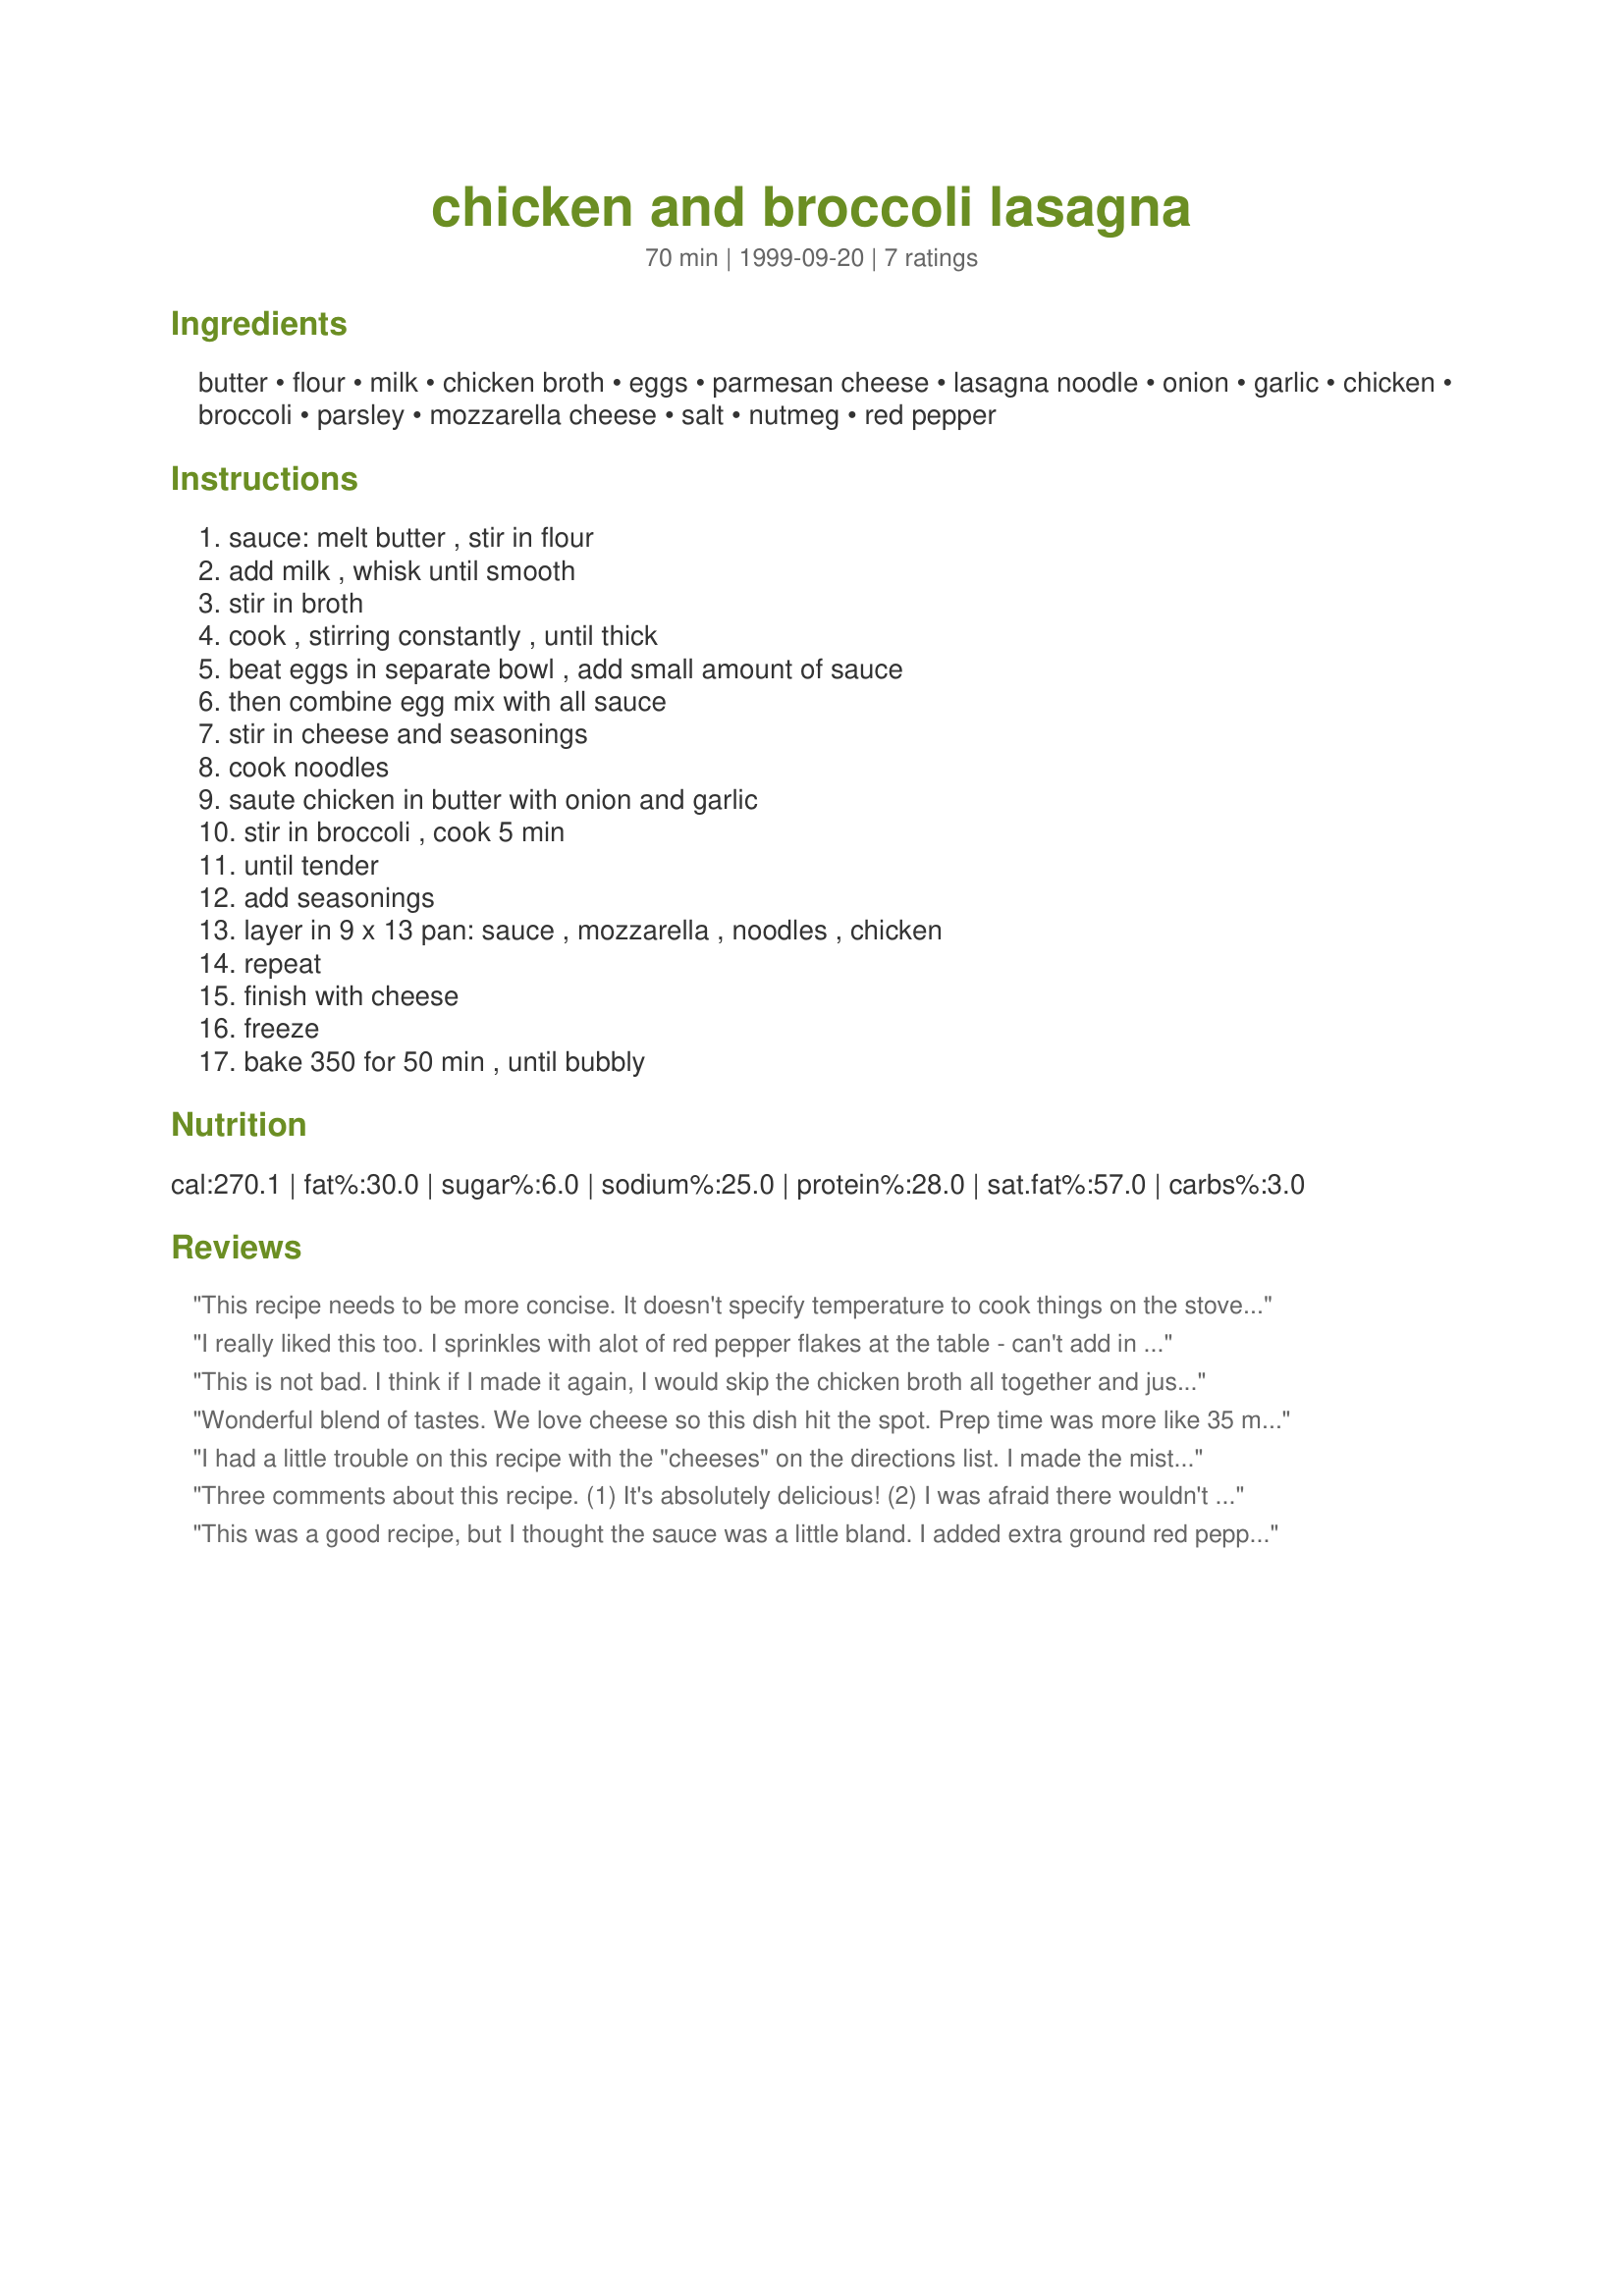
chicken and broccoli lasagna
Preparation time: 70 minutes

Ingredients:
butter, flour, milk, chicken broth, eggs, parmesan cheese, lasagna noodle, onion, garlic, chicken, broccoli, parsley, mozzarella cheese, salt, nutmeg, red pepper

Steps:
sauce: melt butter , stir in flour, add milk , whisk until smooth, stir in broth, cook , stirring constantly , until thick, beat eggs in separate bowl , add small amount of sauce, then combine egg mix with all sauce, stir in cheese and seasonings, cook noodles, saute chicken in butter with onion and garlic, stir in broccoli , cook 5 min, until tender, add seasonings, layer in 9 x 13 pan: sauce , mozzarella , noodles , chicken, repeat, finish with cheese, freeze, bake 350 for 50 min , until bubbly

Reviews:
This recipe needs to be more concise. It doesn't specify temperature to cook things on the stovetop in, nor what seasonings to use when. I made it and it was pretty darn awful.
I really liked this too. I sprinkles with alot of red pepper flakes at the table - can't add in as I have little people to feed. I will definatly make this again.
This is not bad. I think if I made it again, I would skip the chicken broth all together and just just use 3 cups of milk. (Just a straight white sauce). I wasn't too thrilled with the taste of the sauce. I used "express" lasagna noodles (ones that you don't have to pre-boil), and it didn't work that well in this recipe.
It made the noodles very tough - hard to even cut!
Sassy.
Wonderful blend of tastes. We love cheese so this dish hit the spot. Prep time was more like 35 minutes. I used whole leg quarters and since I am on low carb diet left out the noodles. Did not increase sauce since I did not use noodles. Careful with the nutmeg, do NOT add more than a pinch, or it will change the taste of the dish.
I had a little trouble on this recipe with the "cheeses" on the directions list. I made the mistake of adding the shredded cheese to the flour and butter mixture instead of the parmesan, but it turned out okay. Just a little "gooier". Gooey is ALWAYS good in my book! I also added diced red pepper to the chicken and broccoli just for some color. Otherwise, a great recipe! Thanks Libby1!
Three comments about this recipe. (1) It's absolutely delicious! (2) I was afraid there wouldn't be enough sauce, so I made 1-1/2 times the amount called for (i.e., 6 tbsp butter and flour, 3 c. milk, 1 can condensed chicken broth + 1 c. water, and I used 4 eggs) and I'm glad I did -- I used every bit. (3) The 15 min prep time listed is quite wrong...by the time I chopped the chicken, the broccoli, the onion, minced the garlic, grated the mozzarella, made the sauce ... well,you get the picture. It took me almost an hour to prepare. But it was well worth the effort and I will definitely make this again -- my family LOVED it.
This was a good recipe, but I thought the sauce was a little bland. I added extra ground red pepper, black pepper, and garlic powder to try and give it a boost. I took Lennie's advice and made 1 1/2 times the amount of sauce. It was about the perfect amount. I also added about twice the amount of minced garlic to the chicken cubes for extra flavor. Overall, I think this is a good recipe, and I will make it again with minor seasoning changes.
